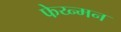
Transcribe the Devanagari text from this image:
फेय्न्मन